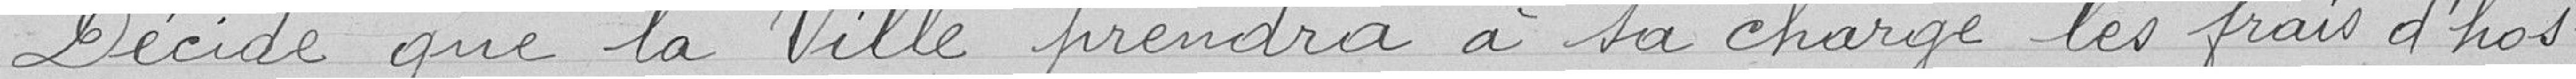
Décide que la Ville prendra à sa charge les frais d'hos=